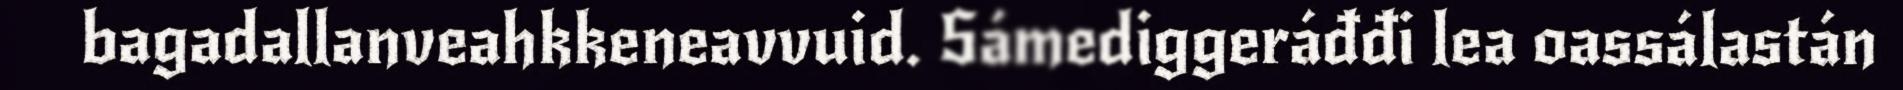
bagadallanveahkkeneavvuid. Sámediggeráđđi lea oassálastán